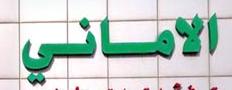
الاماني